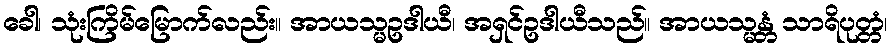
ခေါ၊ သုံးကြိမ်မြောက်လည်း။ အာယသ္မဥဒါယီ၊ အရှင်ဥဒါယီသည်။ အာယသ္မန္တံ သာရိပုတ္တံ၊